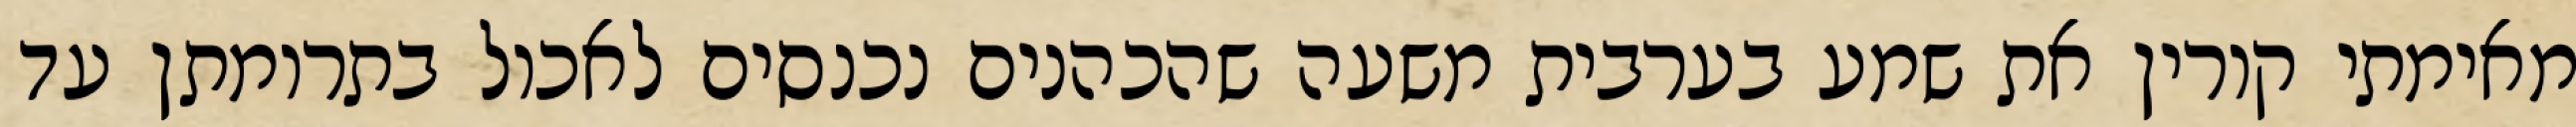
מאימתי קורין את שמע בערבית משעה שהכהנים נכנסים לאכול בתרומתן עד